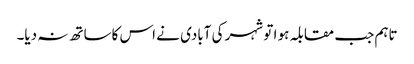
تاہم جب مقابلہ ہو ا تو شہر کی آبادی نے اس کاساتھ نہ دیا۔